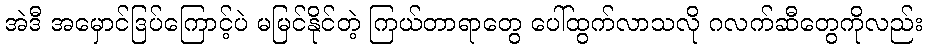
အဲဒီ အမှောင်ဒြပ်ကြောင့်ပဲ မမြင်နိုင်တဲ့ ကြယ်တာရာတွေ ပေါ်ထွက်လာသလို ဂလက်ဆီတွေကိုလည်း